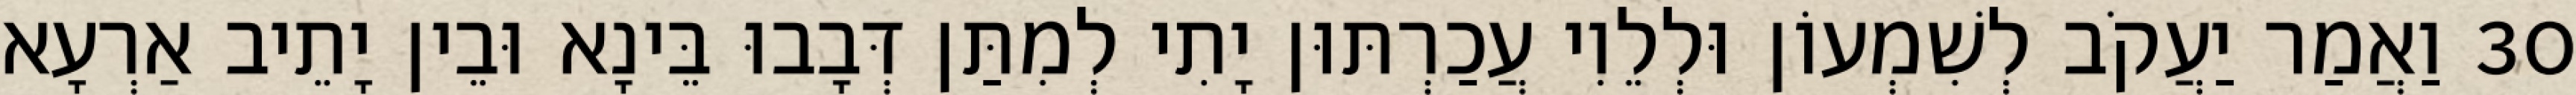
30 וַאֲמַר יַעֲקֹב לְשִׁמְעוֹן וּלְלֵוִי עֲכַרְתּוּן יָתִי לְמִתַּן דְּבָבוּ בֵּינָא וּבֵין יָתֵיב אַרְעָא